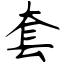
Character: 套